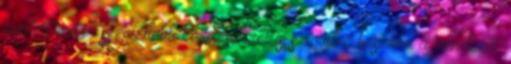
mellett még összetettebb kérdésekről is szeretne beszélni a rendező.